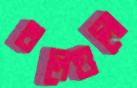
থলেগুলো